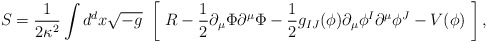
\begin{align*}S = \frac1{2\kappa^2}\int d^dx\sqrt{-g}\ \left[ \ R-\frac12\partial_\mu\Phi\partial^\mu\Phi -\frac12g_{IJ}(\phi)\partial_\mu\phi^I\partial^\mu\phi^J-V(\phi) \ \right],\end{align*}